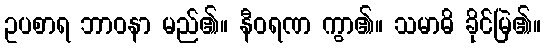
ဥပစာရ ဘာဝနာ မည်၏။ နီဝရဏ ကွာ၏။ သမာဓိ ခိုင်မြဲ၏။